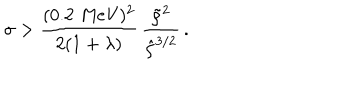
\sigma > \frac { ( 0 . 2 \, \, \mathrm { M e V } ) ^ { 2 } } { 2 ( 1 + \lambda ) } \, \frac { \tilde { \rho } ^ { 2 } } { \hat { \rho } ^ { 3 / 2 } } \, .